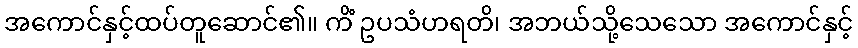
အကောင်နှင့်ထပ်တူဆောင်၏။ ကိံ ဥပသံဟရတိ၊ အဘယ်သို့သေသော အကောင်နှင့်